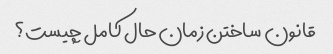
قانون ساختن زمان حال کامل چیست؟